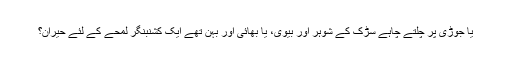
یا جوڑی پر چلتے چاہے سڑک کے شوہر اور بیوی، یا بھائی اور بہن تھے ایک کشنبنگر لمحے کے لئے حیران؟